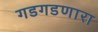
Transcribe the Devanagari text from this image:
गडगडणारा